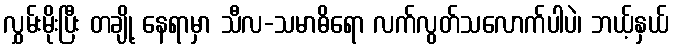
လွှမ်းမိုးပြီး တချို့ နေရာမှာ သီလ-သမာဓိရော လက်လွတ်သလောက်ပါပဲ၊ ဘယ့်နှယ်